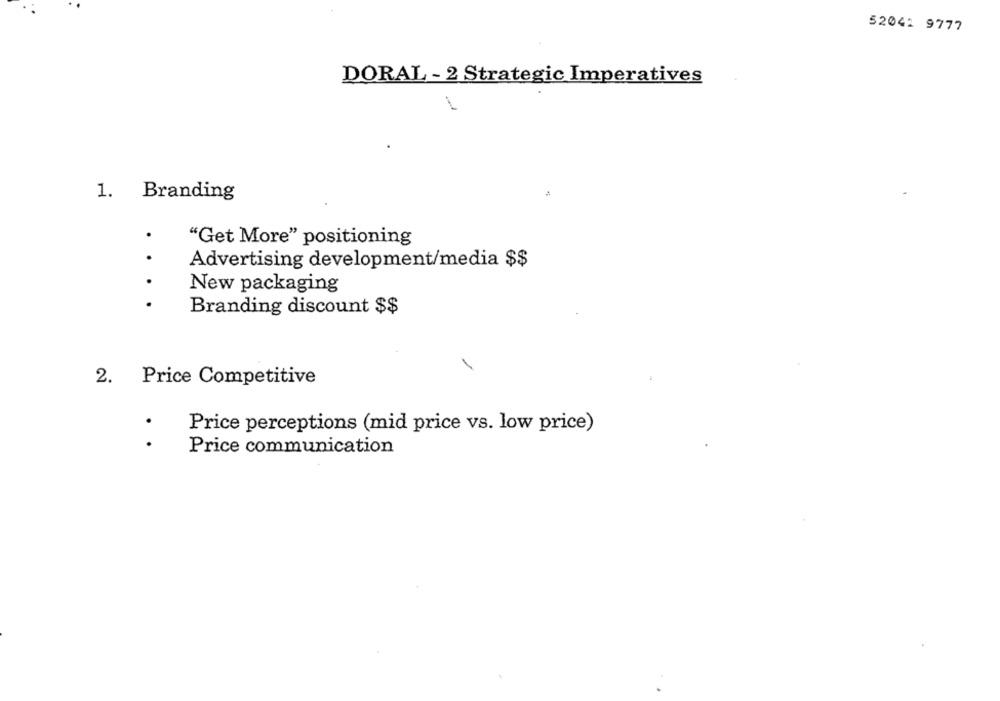
52041 9777
DORAL - 2 Strategic Imperatives
1. Branding
.
"Get More" positioning
.
Advertising development/media $$
New packaging
Branding discount $$
-
2.
Price Competitive
Price perceptions (mid price vs. low price)
. .
Price communication